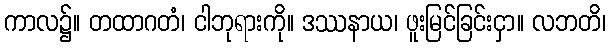
ကာလ၌။ တထာဂတံ၊ ငါဘုရားကို။ ဒဿနာယ၊ ဖူးမြင်ခြင်းငှာ။ လဘတိ၊